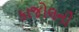
કાજોલની